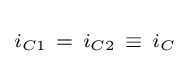
\scriptstyle i_{C1}~=~i_{C2}~\equiv ~i_{C}